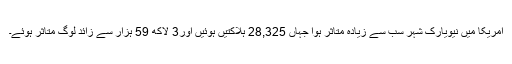
امریکا میں نیویارک شہر سب سے زیادہ متاثر ہوا جہاں 28,325 ہلاکتیں ہوئیں اور3 لاکھ 59 ہزار سے زائد لوگ متاثر ہوئے۔